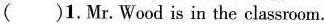
( )1.Mr.Wood is in the classroom.